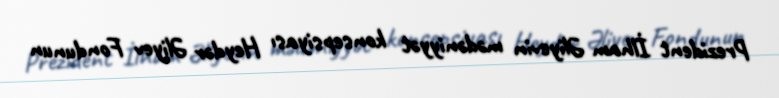
Prezident İlham Əliyevin mədəniyyət konsepsiyası Heydər Əliyev Fondunun